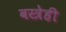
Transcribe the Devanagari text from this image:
वस्त्रेही